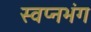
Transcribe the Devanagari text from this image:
स्वप्नभंग